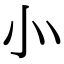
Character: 㣺